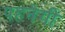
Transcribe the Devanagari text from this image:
पहनेगी